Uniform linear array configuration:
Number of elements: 8
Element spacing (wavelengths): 0.25
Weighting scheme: uniform
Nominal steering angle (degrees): -60
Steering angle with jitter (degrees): -58.747
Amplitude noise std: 0.05
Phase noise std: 0.05

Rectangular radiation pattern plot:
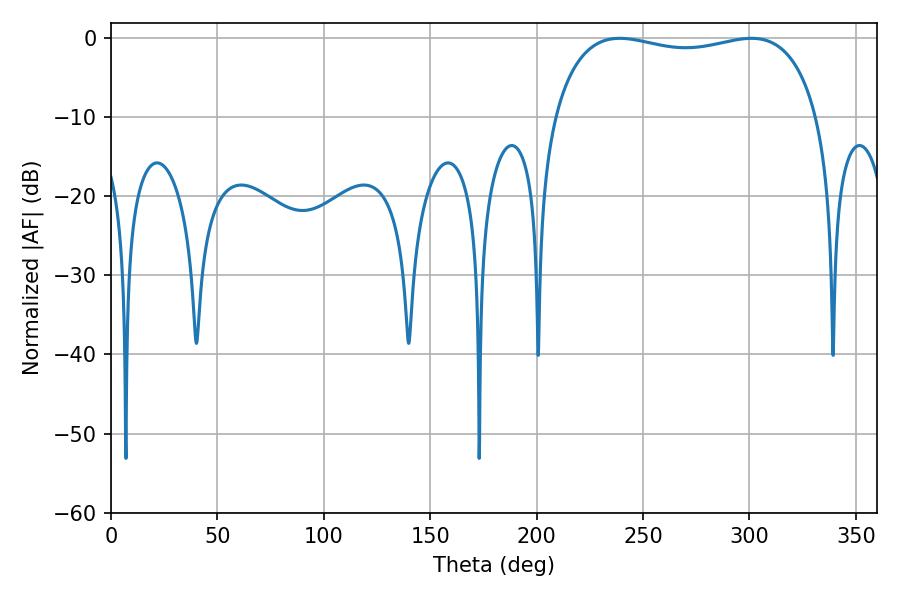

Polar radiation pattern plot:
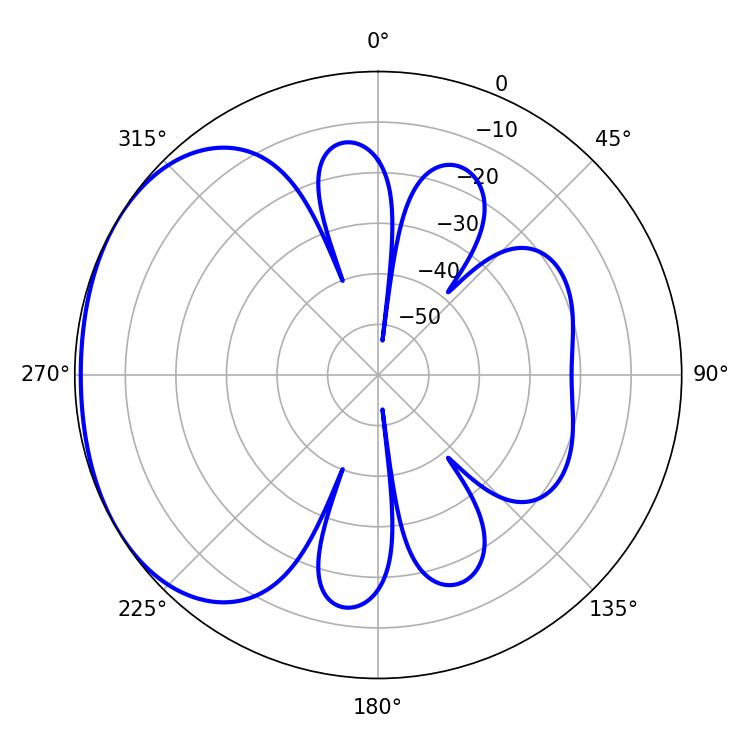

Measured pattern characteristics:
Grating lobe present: FALSE
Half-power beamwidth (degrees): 101.16
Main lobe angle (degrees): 239.04